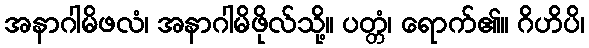
အနာဂါမိဖလံ၊ အနာဂါမိဖိုလ်သို့။ ပတ္တံ၊ ရောက်၏။ ဂိဟိပိ၊